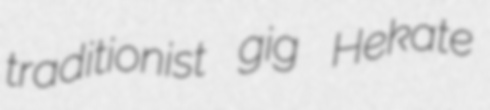
traditionist gig Hekate